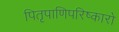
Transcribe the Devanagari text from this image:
पितृपाणिपरिष्कारो